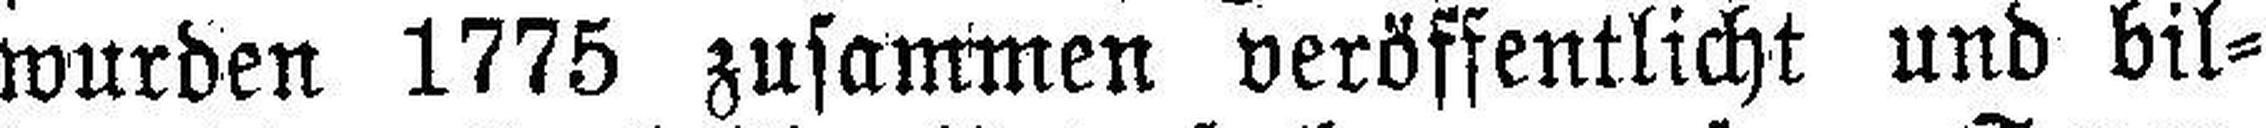
wurden 1775 zusammen veröffentlicht und bil¬